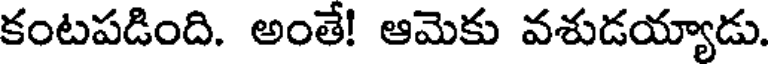
కంటపడింది. అంతే! ఆమెకు వశుడయ్యాడు.